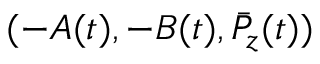
( - A ( t ) , - B ( t ) , \bar { P } _ { z } ( t ) )